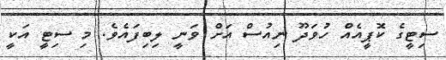
ސިޓީގެ ކޮޕީއެއް ހުވަދޫ ނިއުސް އަށް ވަނީ ލިބިފައެވެ. މި ސިޓީ އަކީ